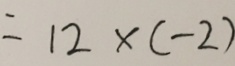
= 1 2 \times ( - 2 )